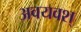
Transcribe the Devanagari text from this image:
अवयवश्